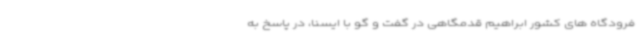
فرودگاه های کشور ابراهیم قدمگاهی در گفت و گو با ایسنا، در پاسخ به